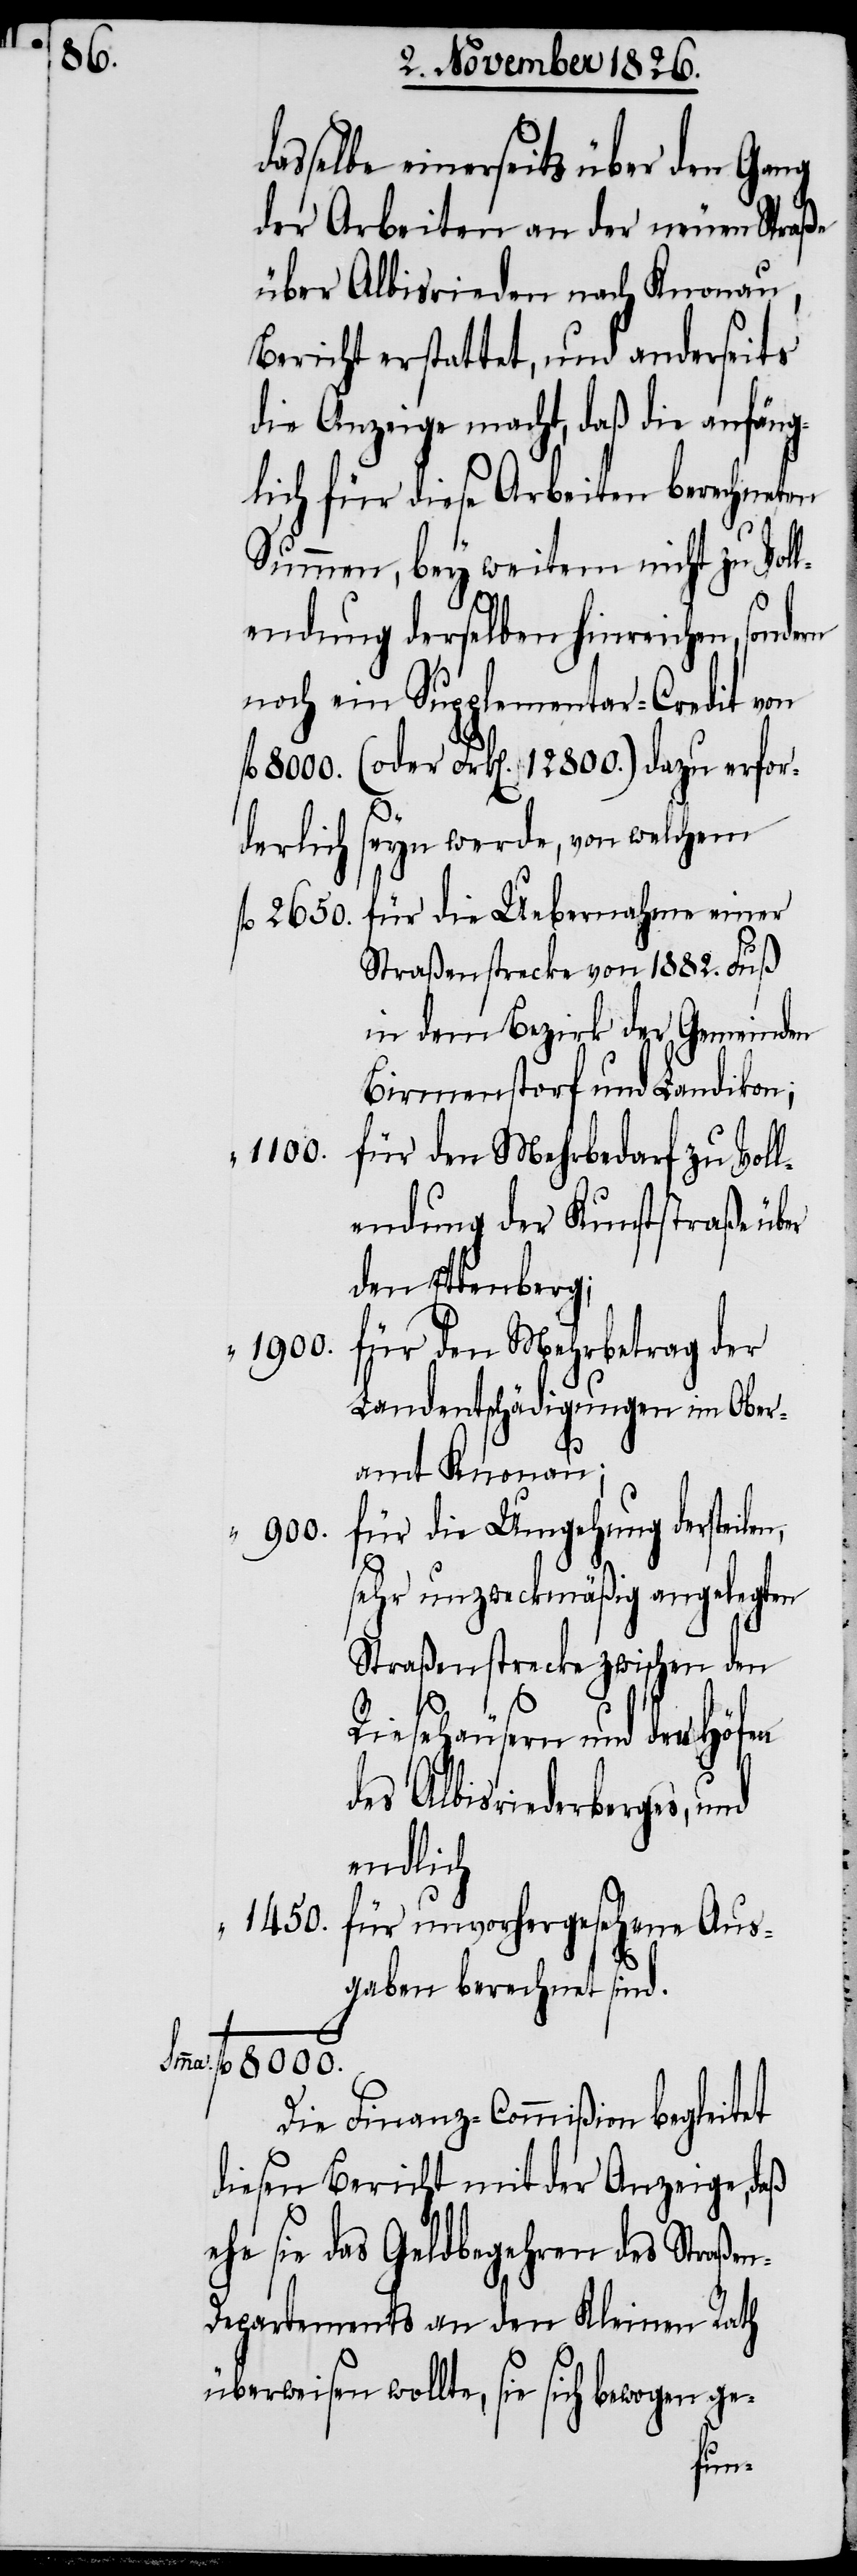
2650.

asselbe einerseits über den Gang
der Arbeiten an der neuen Straße
über Albisrieden nach Knonau,
Bericht erstattet, und anderseits
die Anzeige macht, daß die anfäng¬
lich für diese Arbeiten berechneten
Summen, bey weitem nicht zu Vol¬
lendung derselben hinreichen,
noch ein Supplementar-Credit von
fl. 800. (oder Frk[en]. 12 800.) dazu erfor¬
derlich seyn werde, von welchem
für die Uebernahme einer
Straßenstrecke von 1882. Fuß
in dem Bezirk der Gemeinden
Birmenstorf und Landikon;
1100.
für den Mehrbedarf zu Voll¬
endung der Kunststraße über
den Ettenberg;
1900.
für die Umgehung der ste¬
sehr unzweckmäßig angelegten
Straßenstrecke zwischen den
Riesehäusern und den Höfen
des Albisriederberges, und
endlich
1450.
für unvorhergesehene Aus¬
gaben berechnet sind.
ilen,
fl. 8000.
Die Finanz-Commißion begleitet
diesen Bericht mit der Anzeige, daß
ehe sie das Geldbegehren des Straße¬
n-Departements an den Kleinen Rath
überweisen wollte, sie sich bewogen ge-